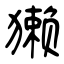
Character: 獭